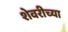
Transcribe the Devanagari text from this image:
शेवरीच्या